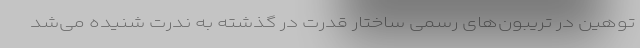
توهین در تریبون‌های رسمی ساختار قدرت در گذشته به ندرت شنیده می‌شد